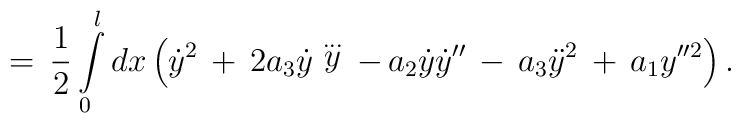
=\,\frac{1}{2}\int\limits_{0}^{l}dx\left(\dot{y}^2\,+\,2a_3\dot{y}\stackrel{\ldots}{y}\,-\,a_2\dot{y}\dot{y}''\,-\,a_3\ddot{y}^2\,+\,a_{1} y''^{2} \right).